Annual administration report of the Civil Veterinary Department of India - 1896-1897
Year: 1896
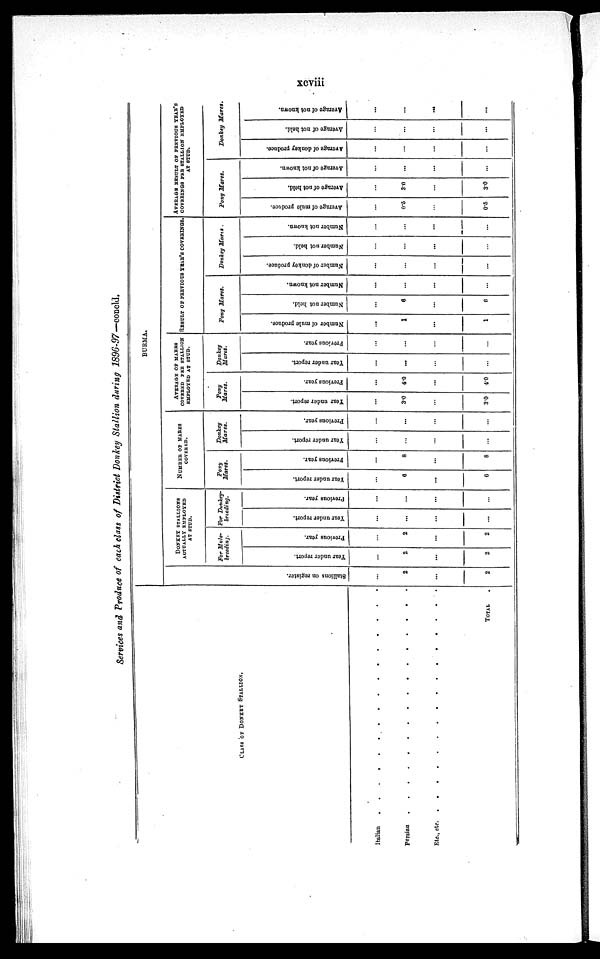
xcviii
Services and Produce of each class of District Donkey Stallion during 1896-97—concld.
CLASS OF DONKEY STALLION.
Italian . . . . . . . . . . . . . . . .
Persian . . . . . . . . . . . . . . . .
Etc., etc. . . . . . . . . . . . . . . . .
TOTAL .
BURMA.
Stallions on register.
...
2
...
2
DONKEY STALLIONS
AUTUALLY EMPLOYED
AT STUD.
For Mule-
breeding.
Year under report.
...
2
...
2
Previous year.
...
2
...
2
For Donkey-
breeding.
Year under report.
...
...
...
...
Previous year.
...
...
...
...
NUMBER OF MARES
COVERED.
Pony
Mares.
Year under report.
...
6
...
6
Previous year.
...
8
...
8
Donkey
Mares.
Year under report.
...
...
...
...
Previous year.
...
...
...
...
AVERAGE OF MARES
COVERED PER STALLION
EMPLOYED AT STUD.
Pony
Mares.
Year under report.
...
3.0
...
3.0
Previous year.
...
4.0
...
4.0
Donkey
Mares.
Year under report.
...
...
...
...
Previous year.
...
...
...
...
RESULT OF PERVIOUS YEAR'S COVERINGS.
Pony Mares.
Number of mule produce.
...
1
...
1
Number not held.
...
6
...
6
Number not known.
...
...
...
...
Donkey Mares.
Number of donkey produce.
...
...
...
...
Number not held.
...
...
...
...
Number not known.
...
...
...
...
AVERAGE RESULT OF PERVIOUS YEAR'S
COVERINGS PER STALLION EMPLOYED
AT STUD.
Pony Mares.
Average of mule produce.
...
0.5
...
0.5
Average of not held.
...
3.0
...
3.0
Average of not known.
...
...
...
...
Donkey Mares.
Average of donkey produce.
...
...
...
...
Average
of not held.
...
...
...
...
Average of not known.
...
...
...
...